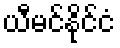
ယီမင်နိုင်ငံ